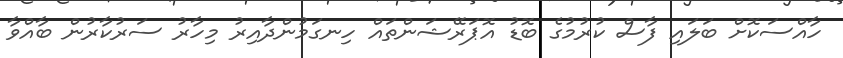
ހާއްސަކޮށް ބަލައި ފާސް ކުރުމުގެ ބޮޑު އޮޕަރޭޝަންތައް ހިނގަމުންދާއިރު މިހާރު ސަރުކާރުން ބާއްވާ